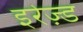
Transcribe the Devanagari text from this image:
इरेज़्ड